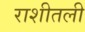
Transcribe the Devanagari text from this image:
राशीतली